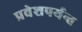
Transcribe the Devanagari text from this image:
प्रवेशपर्यन्त